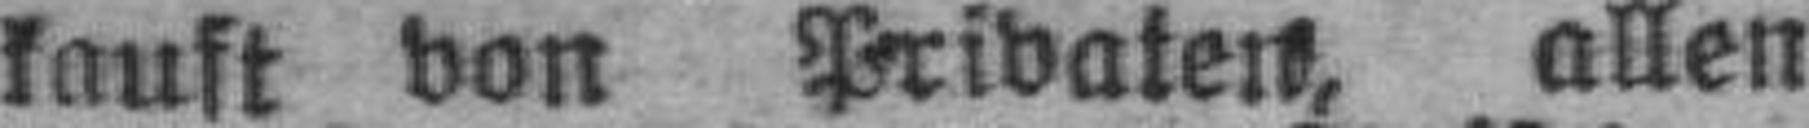
kauft von Privaten, allen